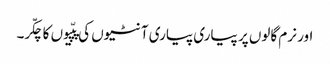
اور نرم گالوں پر پیاری پیاری آنٹیوں کی پپّیوں کا چکّر۔